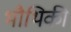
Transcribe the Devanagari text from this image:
भौथिकी